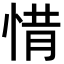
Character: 𢛻